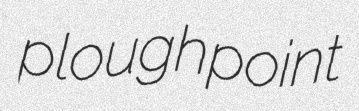
ploughpoint